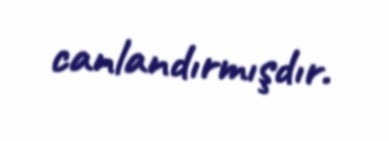
canlandırmışdır.